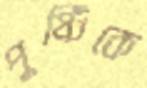
পুষ্টিকে